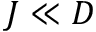
J \ll D